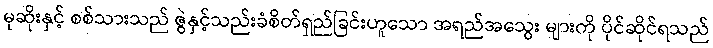
မုဆိုးနှင့် စစ်သားသည် ဇွဲနှင့်သည်းခံစိတ်ရှည်ခြင်းဟူသော အရည်အသွေး များကို ပိုင်ဆိုင်ရသည်